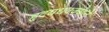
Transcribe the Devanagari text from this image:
हृदयधक्क्याने